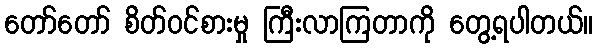
တော်တော် စိတ်ဝင်စားမှု ကြီးလာကြတာကို တွေ့ရပါတယ်။